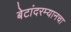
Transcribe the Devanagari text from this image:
बेटांदरम्यानचा